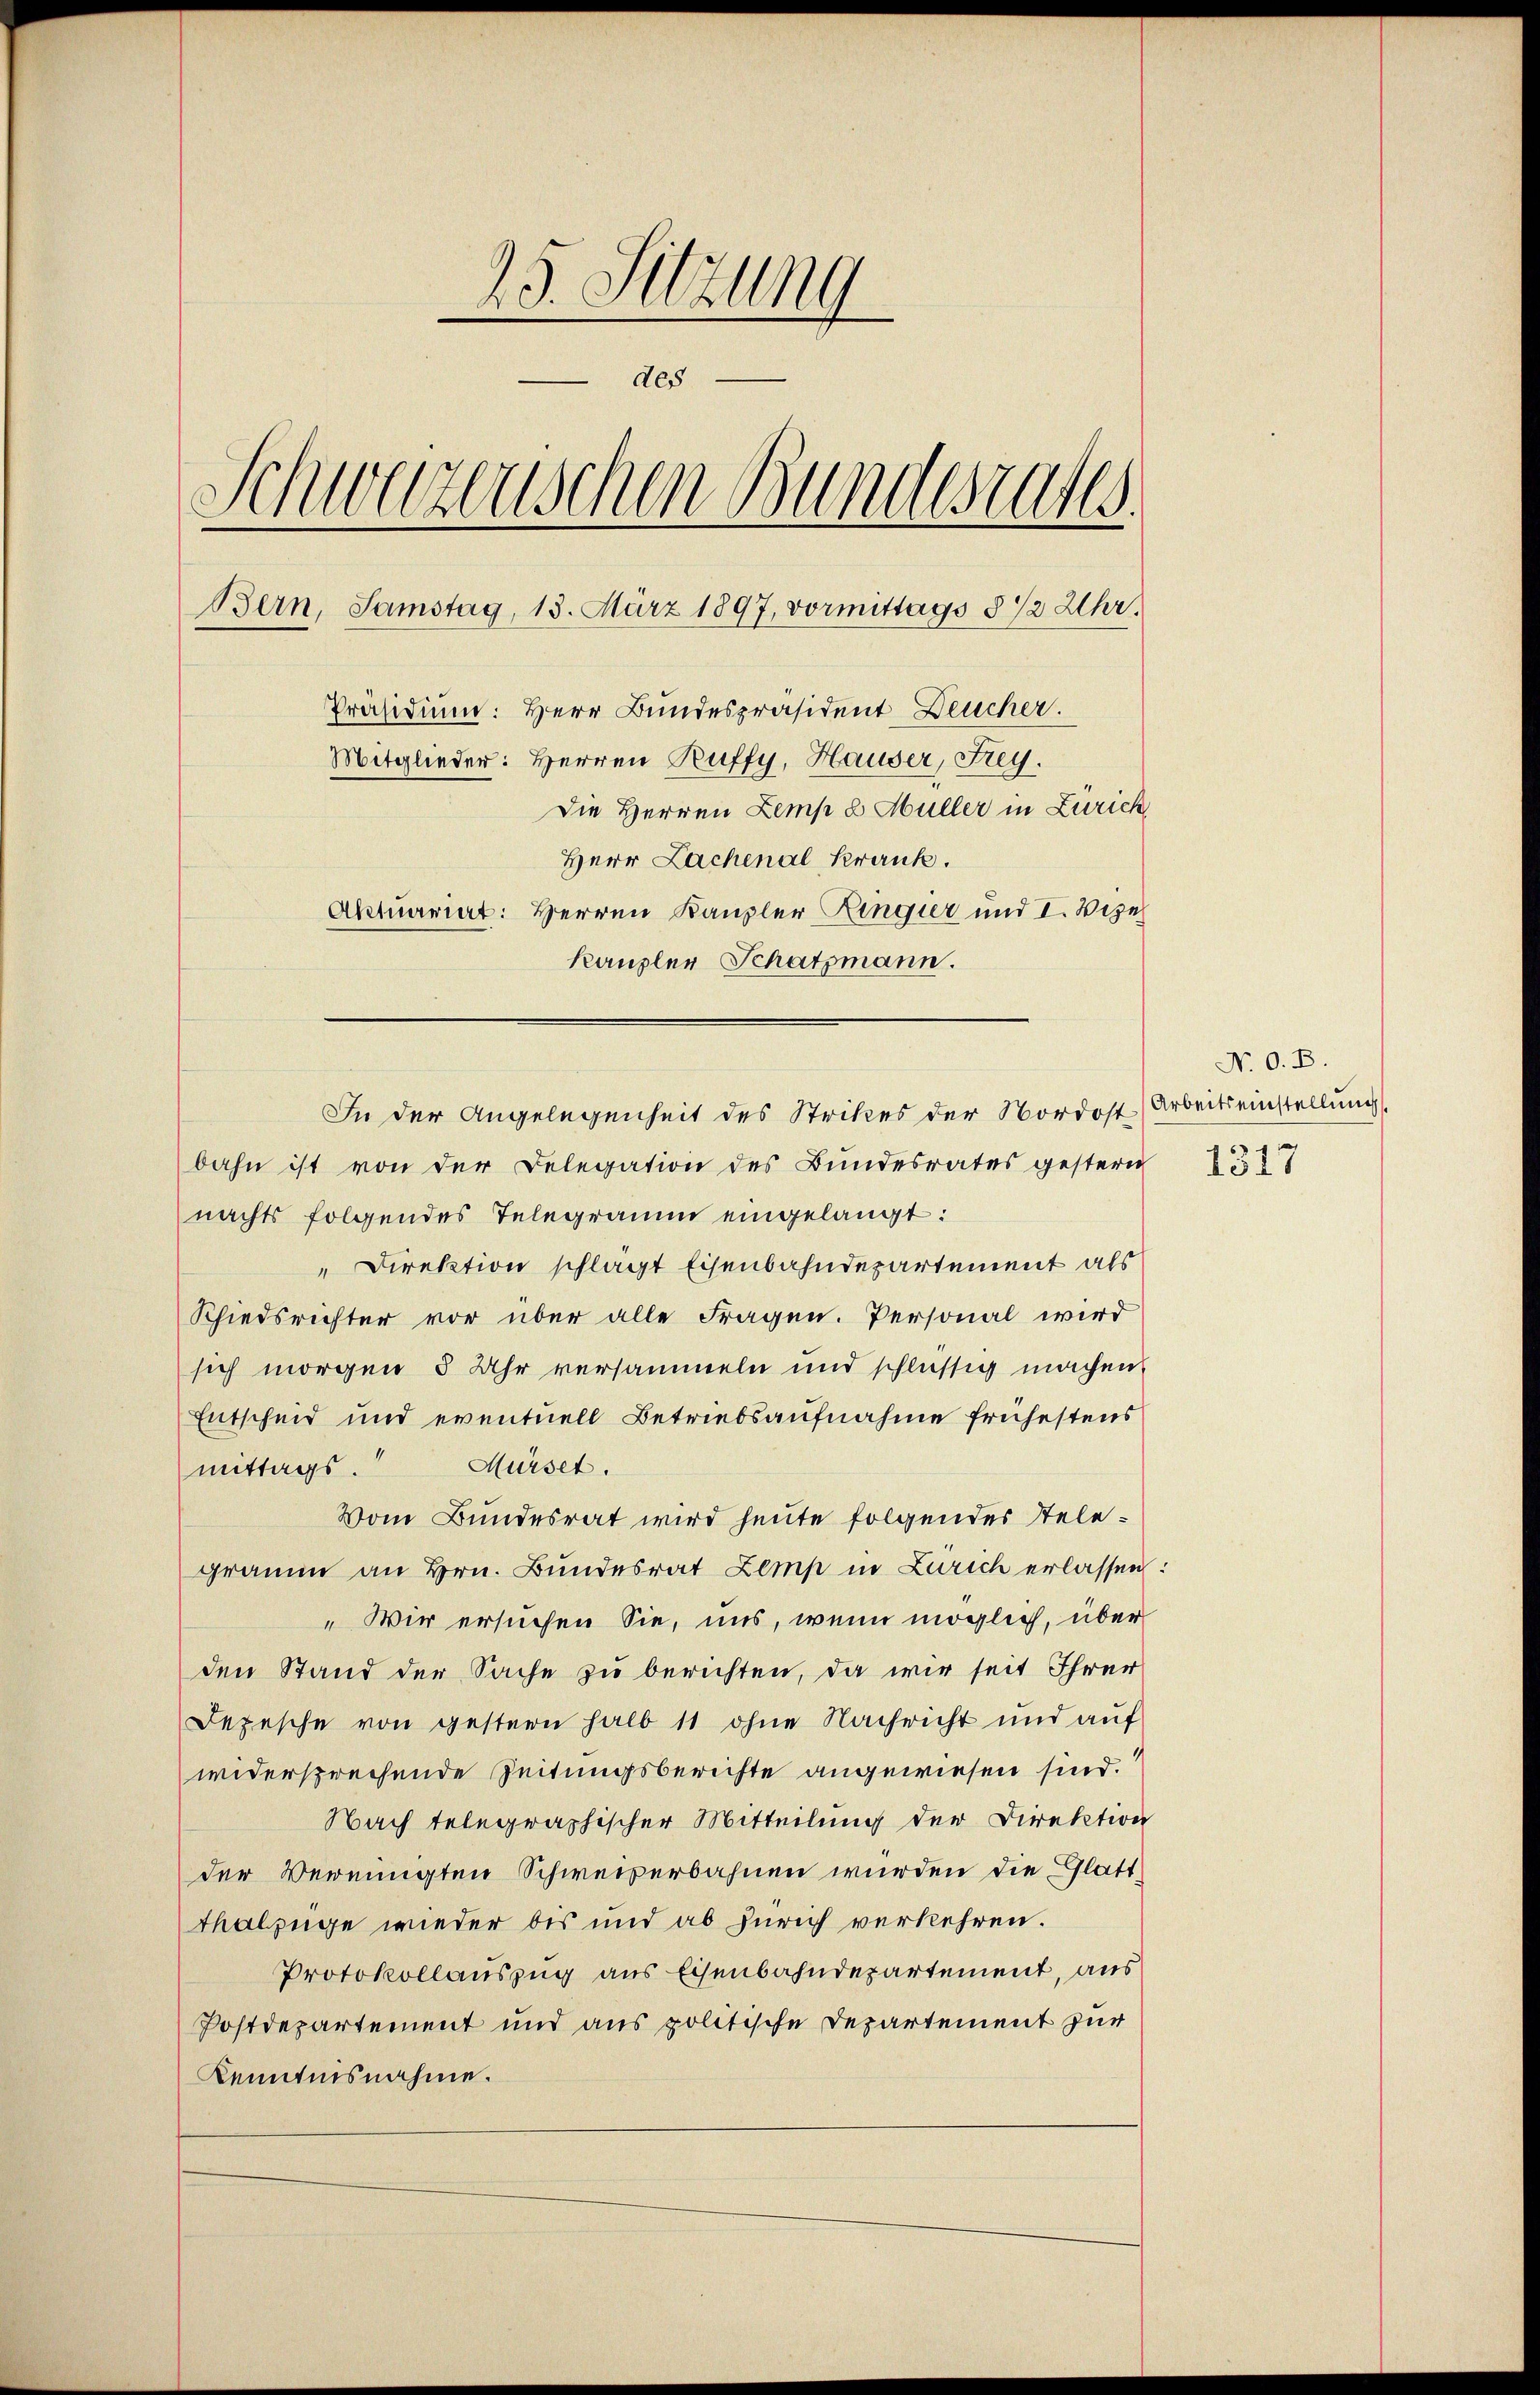
25. Sitzung
- des
Schwerzenschen Bundesrates
Bern, Samstag, 13. März 1897, vormittags § 12 Uhr.
Präsidium: Herr Bundespräsident Deucher.
Mitglieder: Herren Ruffy, Hauser, Frey.
Die Herren Lemp u. Müller in Zürich
Herr Lachenal Krank.
Aktuariat: Herren Kanzler Ringier und I. Vize
Kanzler Schatzmann.

In der Angelegenheit des Strikes der Nordost Arbeitseinstellung

bahn ist von der Delegation des Bundesrates gestern
nachts folgendes Telegramm eingelangt:
" Direktion schlägt Eisenbahndepartement als
Schiedsrichter vor über alle Fragen. Personal wird
sich morgen 5 Uhr versammeln und schlüssig machen
Entscheid und eventuell Betriebsaufnahme frühestens
Mürset.
mittags.
Vom Bundesrat wird heute folgendes Stelegramm an Hrn. Bundesrat Zemp in Zürich erlassen:
„Wir ersuchen Sie, uns, wenn möglich, über
den Stand der Sache zu berichten, da wir seit Ihrer
Depesche von gestern halb 11 ohne Nachricht und auf
widersprechende Zeitungsberichte angewiesen sind.
Nach telegraphischer Mitteilung der Direktion
der Vereinigten Schweizerbahnen wurden die Glatt¬
Thabzüge wieder bis und ab Zürich verkehren.
Protokollauszug aus Eisenbahndepartement, aus
Postdepartement und aus politische Departement zur
Kenntnisnahme.

N. O. B.

1317